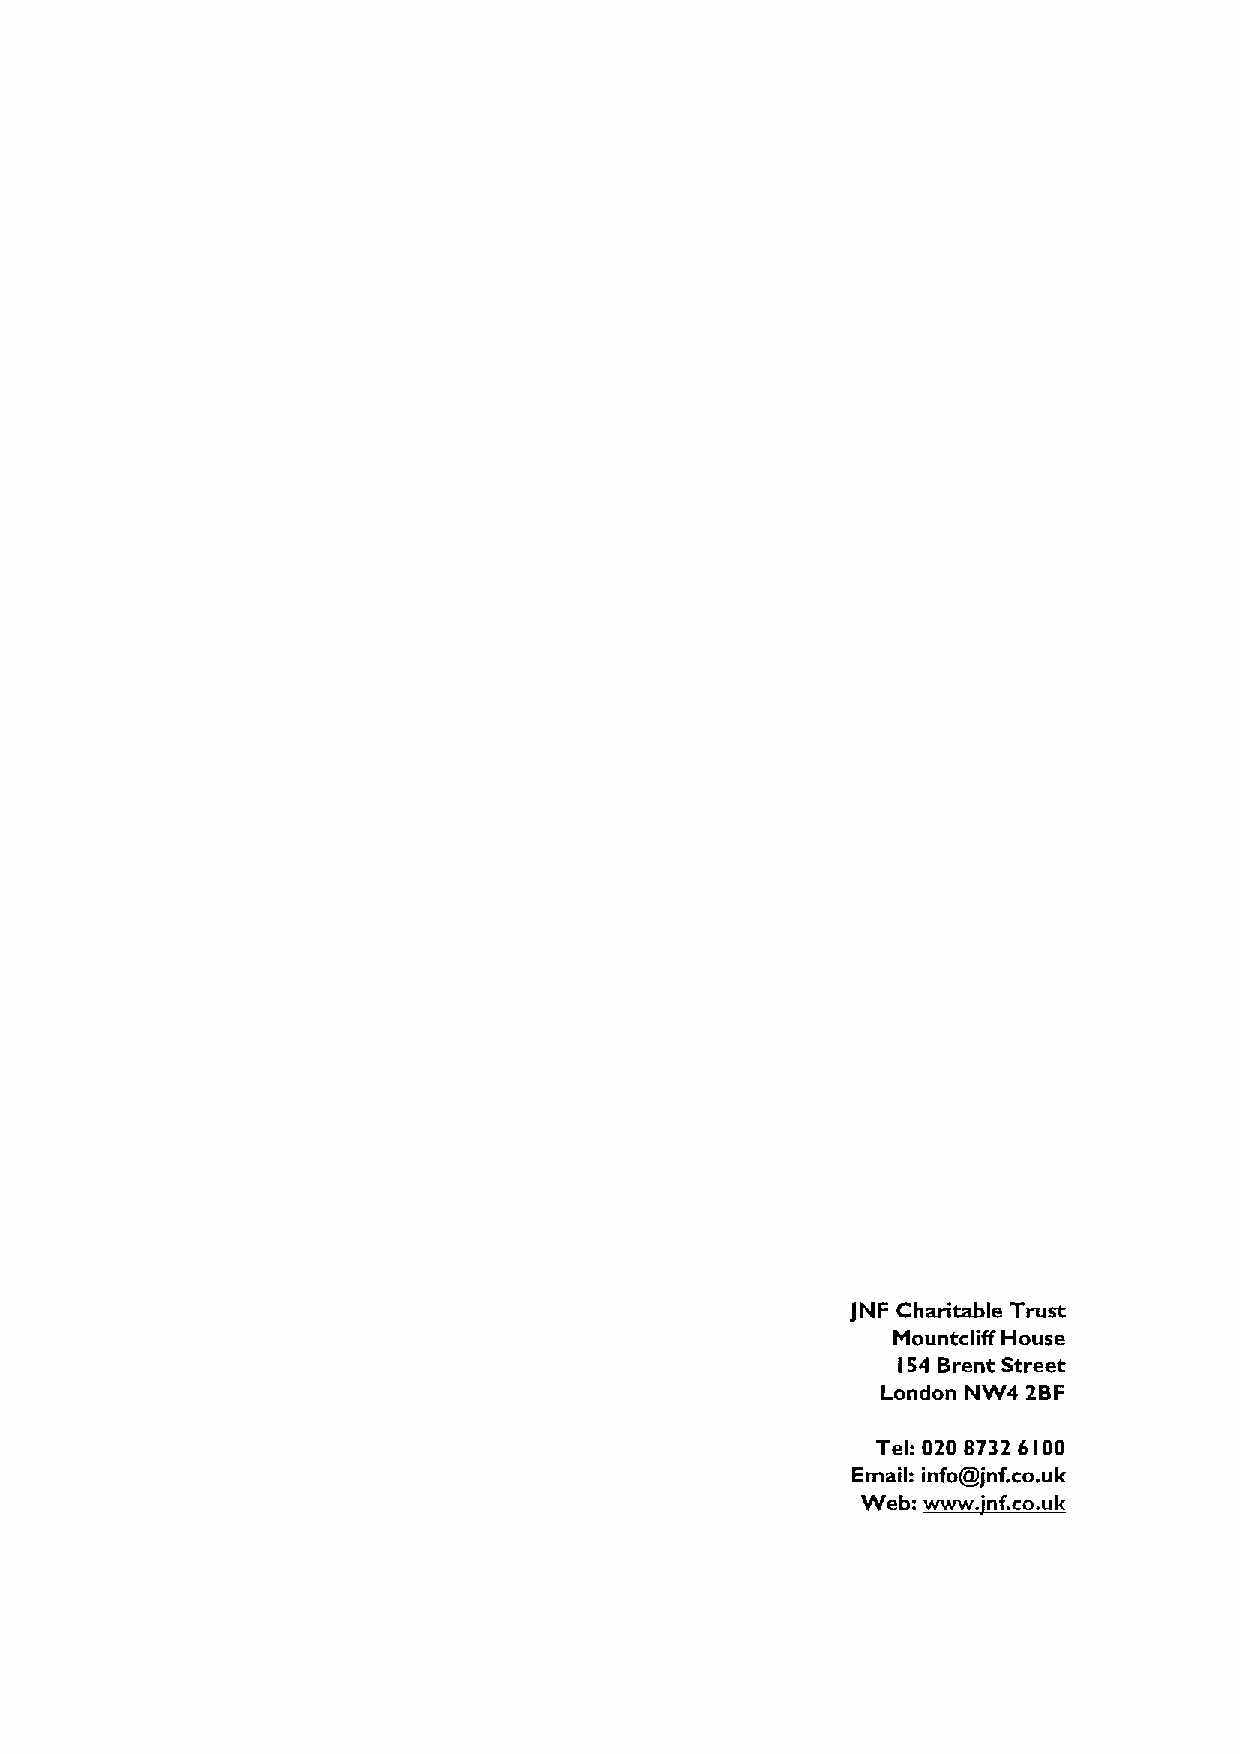
jNF Charitable Trust
 Mountcliff House
 154 Brent Street
 London NW4 2BF
 Teh 020 8732 6 00
 I
 EWmail:binf:o~lmjnff..co.uk
 . k